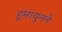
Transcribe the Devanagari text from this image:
हूमायुनने